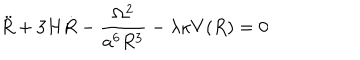
LaTeX: \ddot { R } + 3 H \dot { R } - \frac { \Omega ^ { 2 } } { a ^ { 6 } R ^ { 3 } } - \lambda \kappa V ( R ) = 0